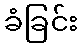
ခံခြင်း